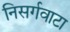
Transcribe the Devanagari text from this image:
निसर्गवाटा